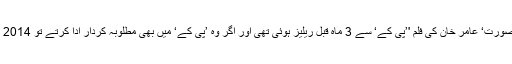
خیال رہے کہ فواد کی فلم '’خوبصورت‘ عامر خان کی فلم '’پی کے‘ سے 3 ماہ قبل ریلیز ہوئی تھی اور اگر وہ ’پی کے‘ میں بھی مطلوبہ کردار ادا کرتے تو 2014 میں ان کی دو فلمیں ریلیز ہوتیں۔